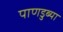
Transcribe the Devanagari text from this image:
पाणडुब्या